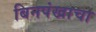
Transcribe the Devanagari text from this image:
बिनपंखाचा